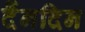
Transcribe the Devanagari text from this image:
दैंनदिन